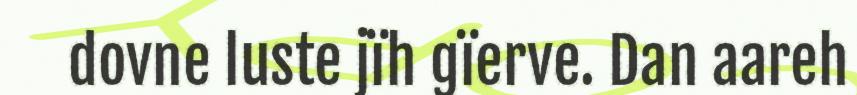
dovne luste jïh gïerve. Dan aareh